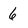
Character: 6